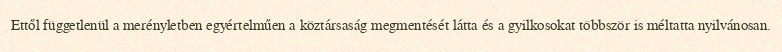
Ettől függetlenül a merényletben egyértelműen a köztársaság megmentését látta és a gyilkosokat többször is méltatta nyilvánosan.